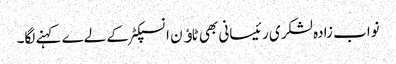
نواب زادہ لشکری رئیسانی بھی ٹاﺅن انسپکٹر کے لےے کہنے لگا۔